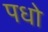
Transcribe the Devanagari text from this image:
पधो